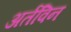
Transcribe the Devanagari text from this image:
अर्तविन